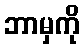
ဘာမှကို